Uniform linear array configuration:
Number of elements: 16
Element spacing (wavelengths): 1
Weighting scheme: uniform
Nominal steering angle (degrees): -60
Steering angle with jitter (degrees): -61.986
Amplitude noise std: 0.05
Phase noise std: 0.05

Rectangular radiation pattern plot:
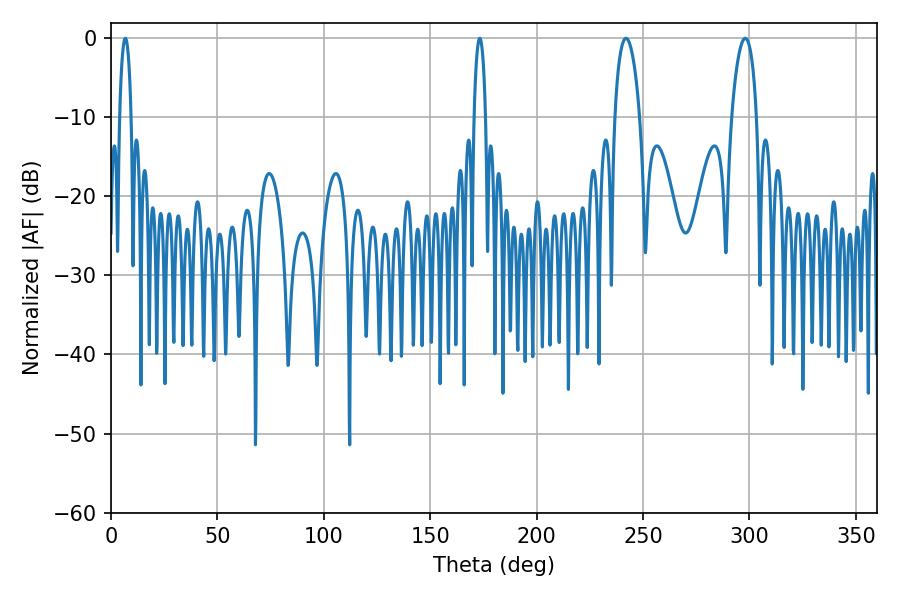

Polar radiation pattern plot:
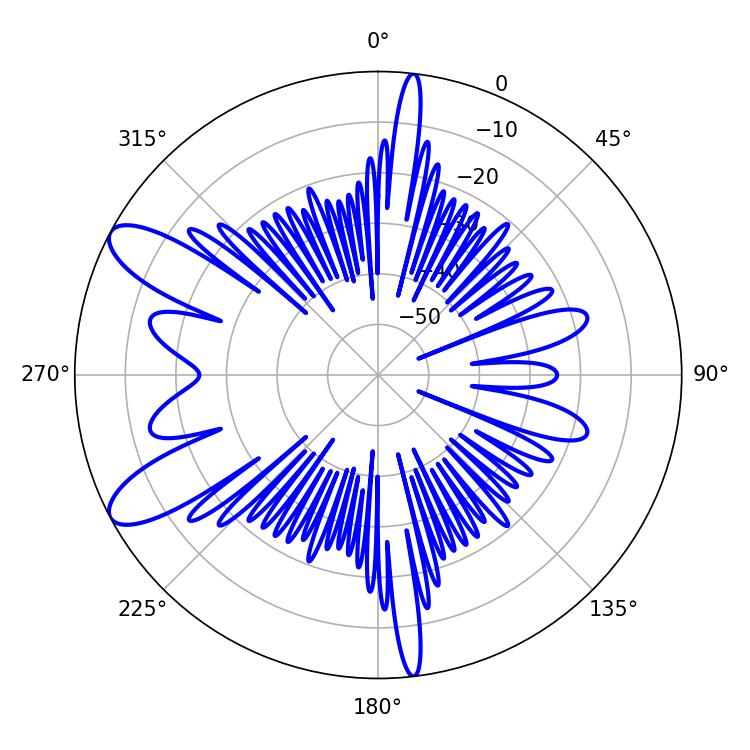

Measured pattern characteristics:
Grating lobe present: TRUE
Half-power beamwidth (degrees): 6.66
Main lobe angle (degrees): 241.92